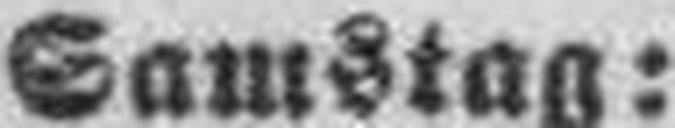
Samstag: